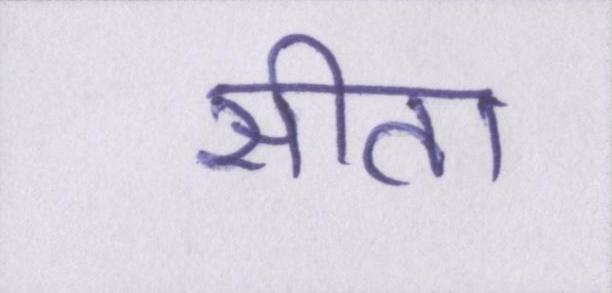
सीता